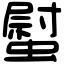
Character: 螱